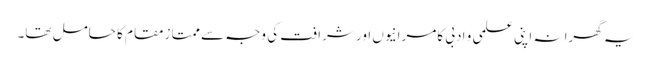
یہ گھرانہ اپنی علمی و ادبی کامرانیوں اور شرافت کی وجہ سے ممتاز مقام کا حامل تھا۔